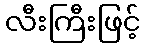
လီးကြီးဖြင့်